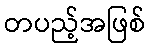
တပည့်အဖြစ်